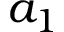
a _ { 1 }